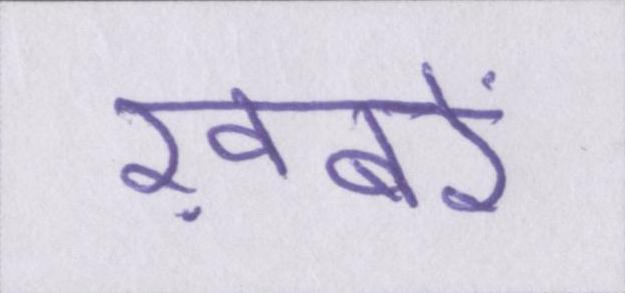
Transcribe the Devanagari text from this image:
ख़बरें